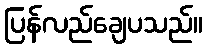
ပြန်လည်ချေပသည်။